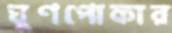
ঘুণপোকার